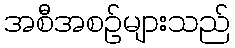
အစီအစဉ်များသည်